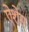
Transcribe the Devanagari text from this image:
ऐशेस